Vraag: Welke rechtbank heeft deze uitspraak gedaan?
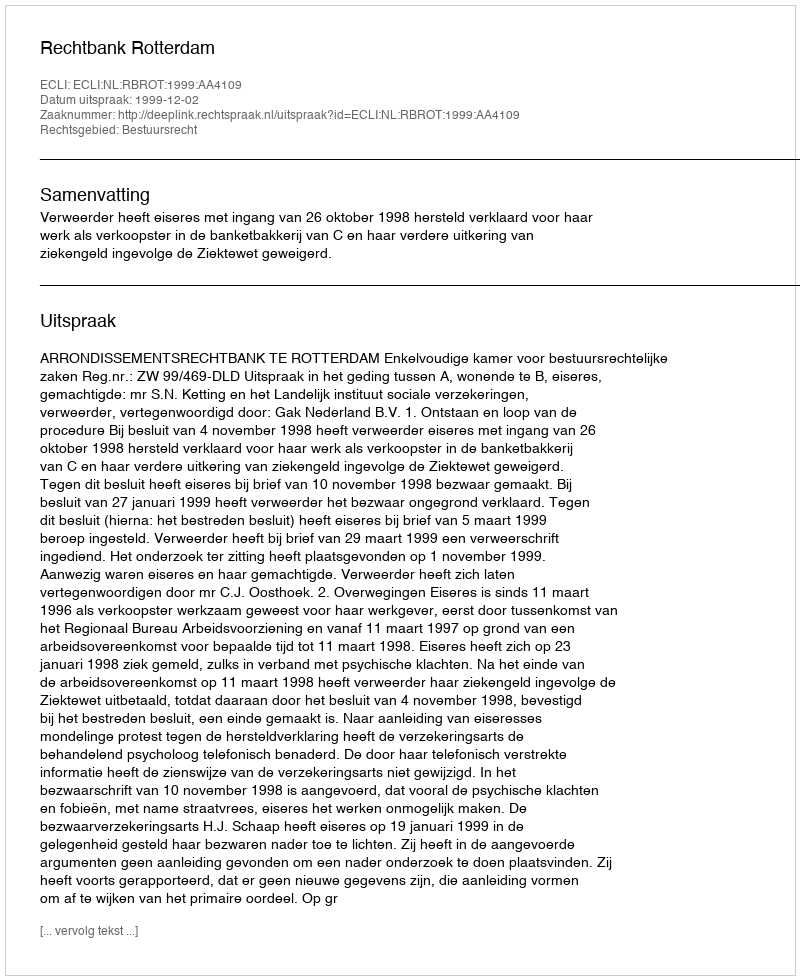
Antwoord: Rechtbank Rotterdam